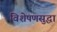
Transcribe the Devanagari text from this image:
विशेषणसुद्धा